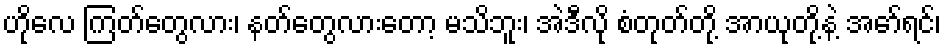
ဟိုလေ ကြတ်တွေလား၊ နတ်တွေလားတော့ မသိဘူး၊ အဲဒီလို စံတုတ်တို့ အာယုတို့နဲ့ အော်ရင်၊